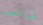
سنلعب